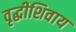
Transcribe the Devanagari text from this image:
वृद्धीशिवाय